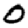
Digit: 0